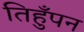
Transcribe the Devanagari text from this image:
तिहुँपन